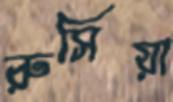
রুসিয়া